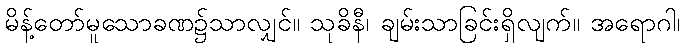
မိန့်တော်မူသောခဏ၌သာလျှင်။ သုခိနီ၊ ချမ်းသာခြင်းရှိလျက်။ အရောဂါ၊